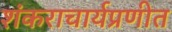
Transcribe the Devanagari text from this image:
शंकराचार्यप्रणीत